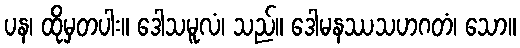
ပန၊ ထိုမှတပါး။ ဒေါသမူလံ၊ သည်။ ဒေါမနဿသဟဂတံ၊ သော။